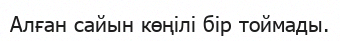
Алған сайын көңілі бір тоймады.